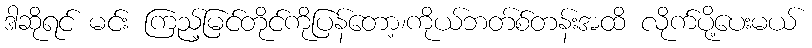
ဒါဆိုရင် မင်း ကြည့်မြင်တိုင်ကိုပြန်တော့၊ကိုယ်ဘတ်စ်တန်းအထိ လိုက်ပို့ပေးမယ်